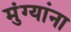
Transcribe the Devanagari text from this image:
मुंग्यांना